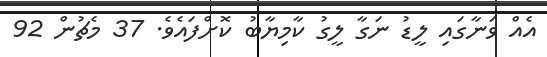
އެއް ވަނާގައި ލީޑު ނަގާ ލީގު ކާމިޔާބު ކޮށްފައެވެ. 37 މެޗުން 92